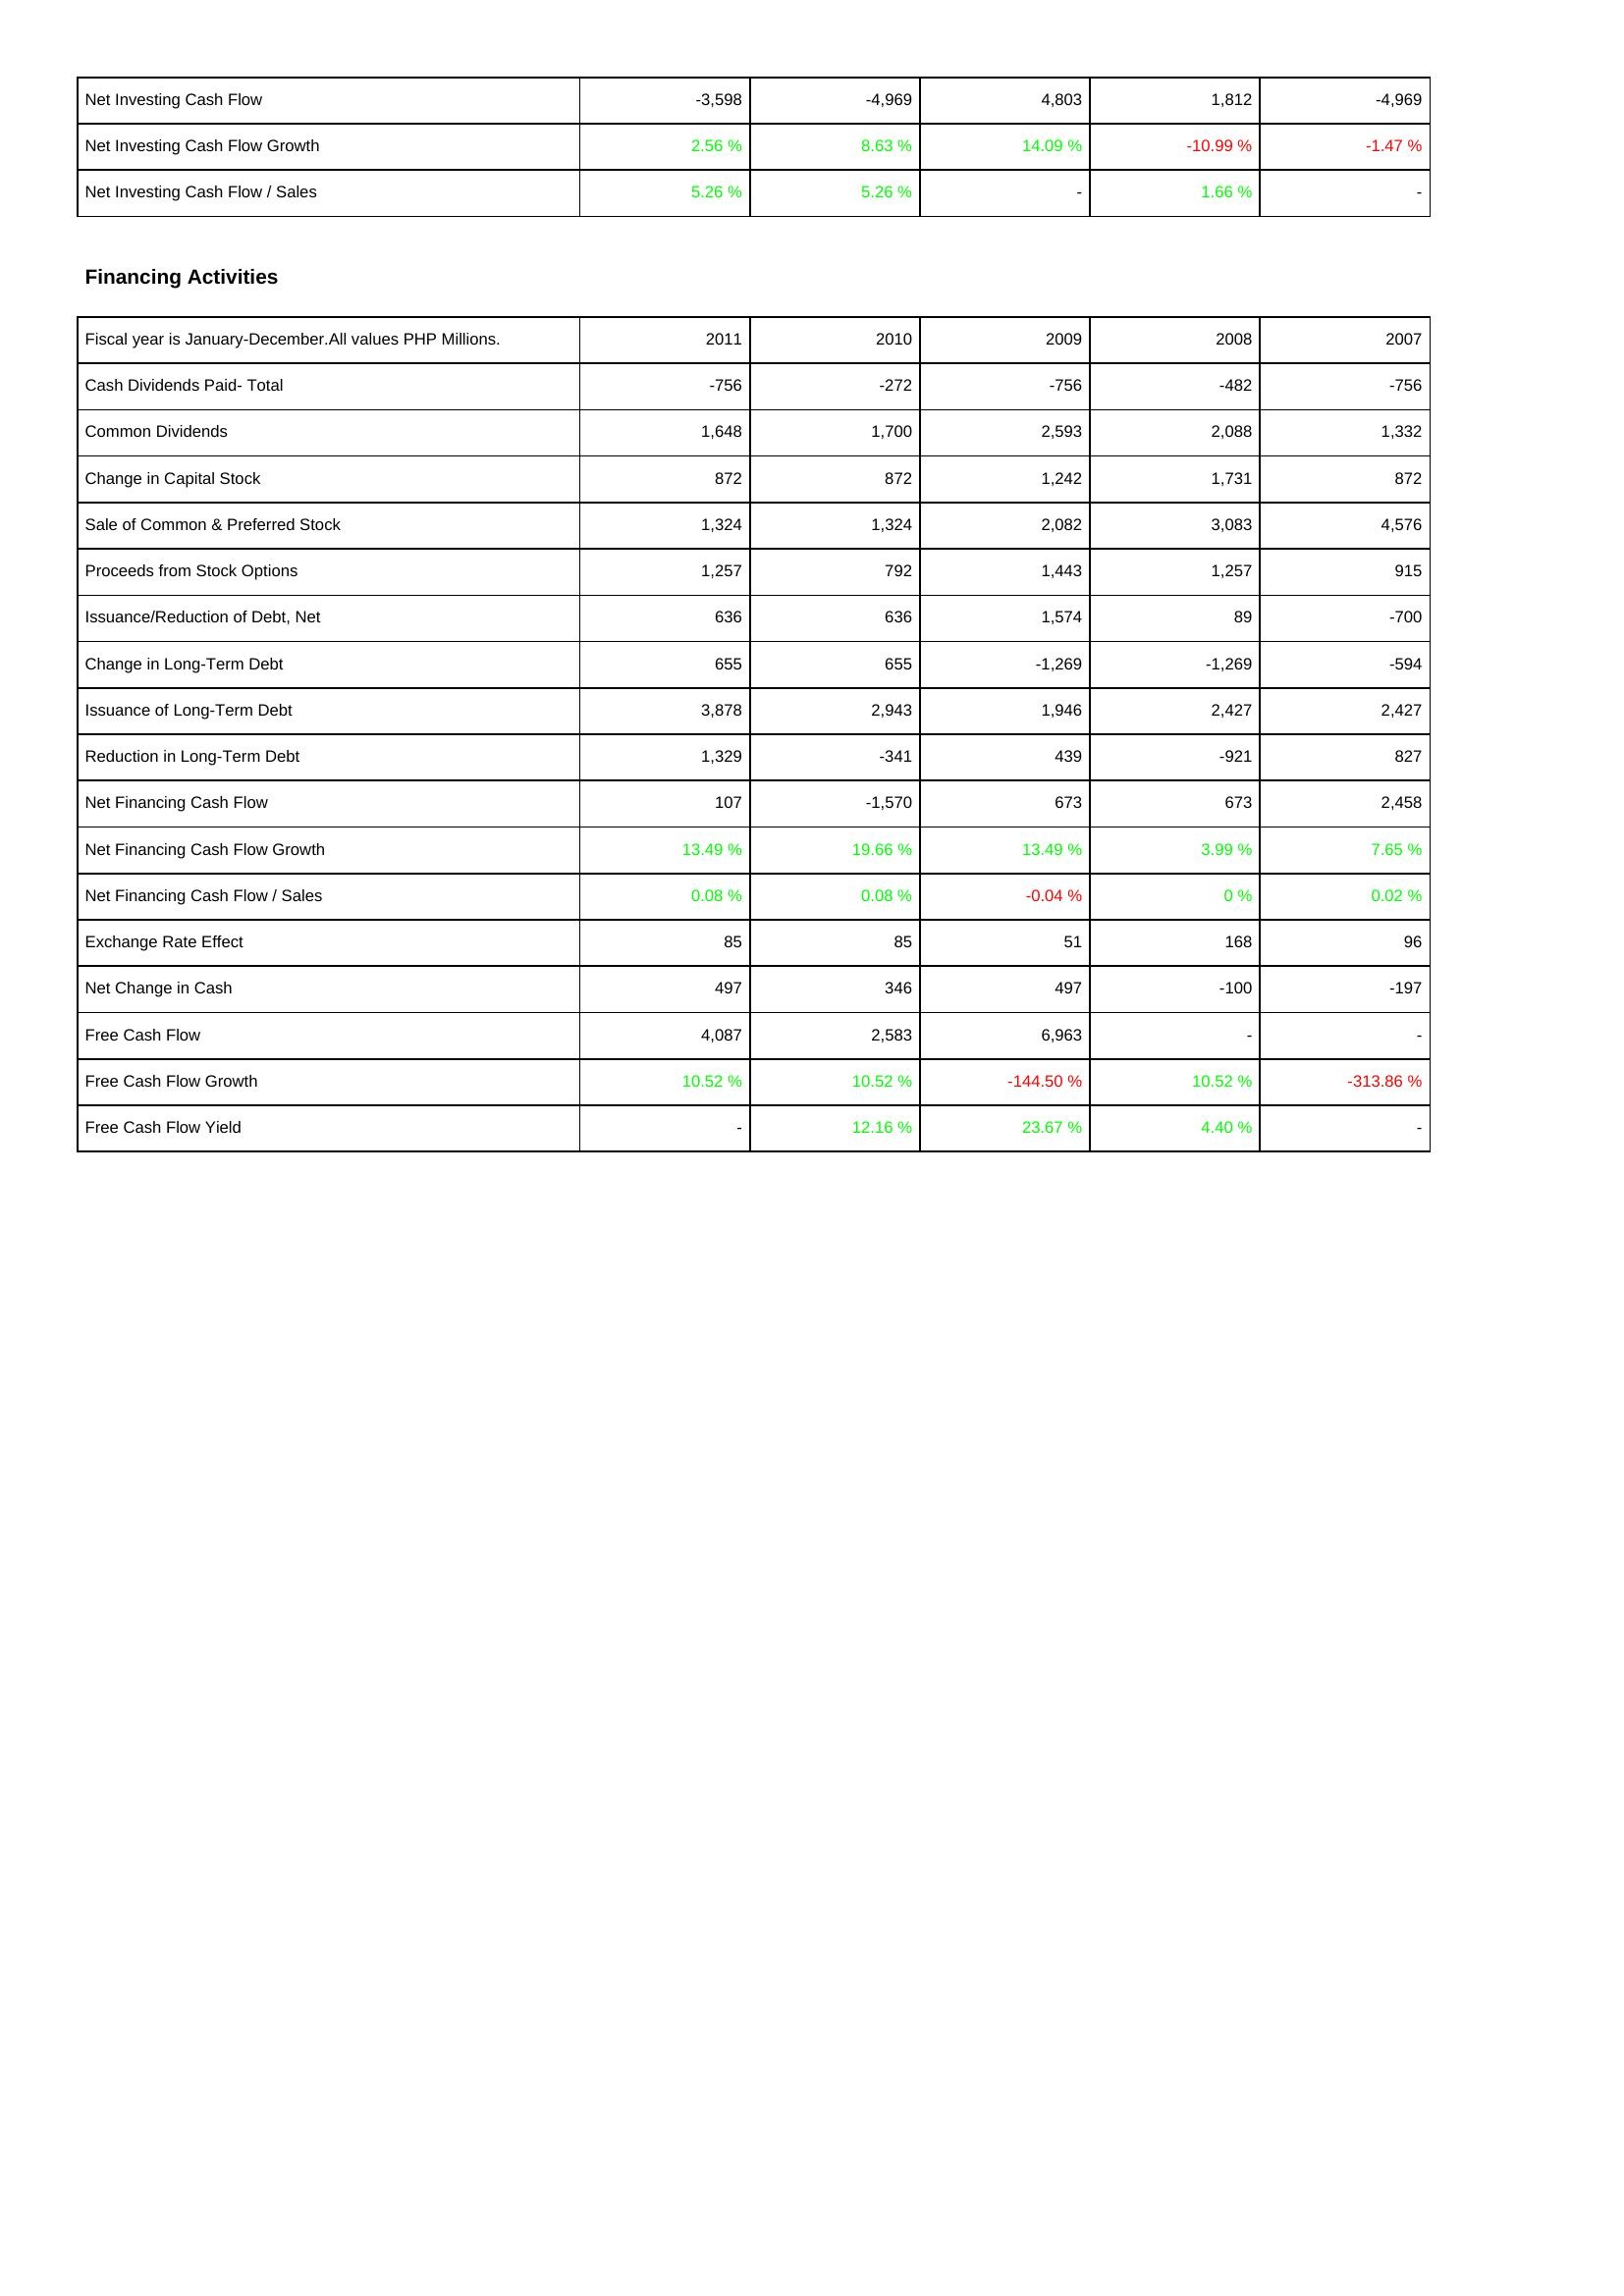
2011: Investing Activities: Net Investing Cash Flow: -3,598
Net Investing Cash Flow Growth: 2.56 %
Net Investing Cash Flow / Sales: 5.26 %
Financing Activities: Cash Dividends Paid- Total: -756
Common Dividends: 1,648
Change in Capital Stock: 872
Sale of Common & Preferred Stock: 1,324
Proceeds from Stock Options: 1,257
Issuance/Reduction of Debt, Net: 636
Change in Long-Term Debt: 655
Issuance of Long-Term Debt: 3,878
Reduction in Long-Term Debt: 1,329
Net Financing Cash Flow: 107
Net Financing Cash Flow Growth: 13.49 %
Net Financing Cash Flow / Sales: 0.08 %
Exchange Rate Effect: 85
Net Change in Cash: 497
Free Cash Flow: 4,087
Free Cash Flow Growth: 10.52 %
Free Cash Flow Yield: -
2010: Investing Activities: Net Investing Cash Flow: -4,969
Net Investing Cash Flow Growth: 8.63 %
Net Investing Cash Flow / Sales: 5.26 %
Financing Activities: Cash Dividends Paid- Total: -272
Common Dividends: 1,700
Change in Capital Stock: 872
Sale of Common & Preferred Stock: 1,324
Proceeds from Stock Options: 792
Issuance/Reduction of Debt, Net: 636
Change in Long-Term Debt: 655
Issuance of Long-Term Debt: 2,943
Reduction in Long-Term Debt: -341
Net Financing Cash Flow: -1,570
Net Financing Cash Flow Growth: 19.66 %
Net Financing Cash Flow / Sales: 0.08 %
Exchange Rate Effect: 85
Net Change in Cash: 346
Free Cash Flow: 2,583
Free Cash Flow Growth: 10.52 %
Free Cash Flow Yield: 12.16 %
2009: Investing Activities: Net Investing Cash Flow: 4,803
Net Investing Cash Flow Growth: 14.09 %
Net Investing Cash Flow / Sales: -
Financing Activities: Cash Dividends Paid- Total: -756
Common Dividends: 2,593
Change in Capital Stock: 1,242
Sale of Common & Preferred Stock: 2,082
Proceeds from Stock Options: 1,443
Issuance/Reduction of Debt, Net: 1,574
Change in Long-Term Debt: -1,269
Issuance of Long-Term Debt: 1,946
Reduction in Long-Term Debt: 439
Net Financing Cash Flow: 673
Net Financing Cash Flow Growth: 13.49 %
Net Financing Cash Flow / Sales: -0.04 %
Exchange Rate Effect: 51
Net Change in Cash: 497
Free Cash Flow: 6,963
Free Cash Flow Growth: -144.50 %
Free Cash Flow Yield: 23.67 %
2008: Investing Activities: Net Investing Cash Flow: 1,812
Net Investing Cash Flow Growth: -10.99 %
Net Investing Cash Flow / Sales: 1.66 %
Financing Activities: Cash Dividends Paid- Total: -482
Common Dividends: 2,088
Change in Capital Stock: 1,731
Sale of Common & Preferred Stock: 3,083
Proceeds from Stock Options: 1,257
Issuance/Reduction of Debt, Net: 89
Change in Long-Term Debt: -1,269
Issuance of Long-Term Debt: 2,427
Reduction in Long-Term Debt: -921
Net Financing Cash Flow: 673
Net Financing Cash Flow Growth: 3.99 %
Net Financing Cash Flow / Sales: 0 %
Exchange Rate Effect: 168
Net Change in Cash: -100
Free Cash Flow: -
Free Cash Flow Growth: 10.52 %
Free Cash Flow Yield: 4.40 %
2007: Investing Activities: Net Investing Cash Flow: -4,969
Net Investing Cash Flow Growth: -1.47 %
Net Investing Cash Flow / Sales: -
Financing Activities: Cash Dividends Paid- Total: -756
Common Dividends: 1,332
Change in Capital Stock: 872
Sale of Common & Preferred Stock: 4,576
Proceeds from Stock Options: 915
Issuance/Reduction of Debt, Net: -700
Change in Long-Term Debt: -594
Issuance of Long-Term Debt: 2,427
Reduction in Long-Term Debt: 827
Net Financing Cash Flow: 2,458
Net Financing Cash Flow Growth: 7.65 %
Net Financing Cash Flow / Sales: 0.02 %
Exchange Rate Effect: 96
Net Change in Cash: -197
Free Cash Flow: -
Free Cash Flow Growth: -313.86 %
Free Cash Flow Yield: -